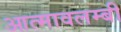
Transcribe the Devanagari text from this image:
आत्मावलम्बी